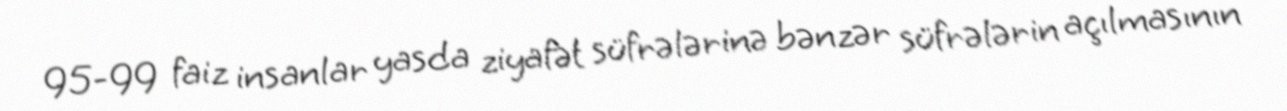
95-99 faiz insanlar yasda ziyafət süfrələrinə bənzər süfrələrin açılmasının